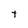
Character: t